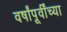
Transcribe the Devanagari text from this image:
वर्षांपूर्वींच्या